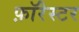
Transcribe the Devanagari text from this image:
फ़ॉरेस्टर